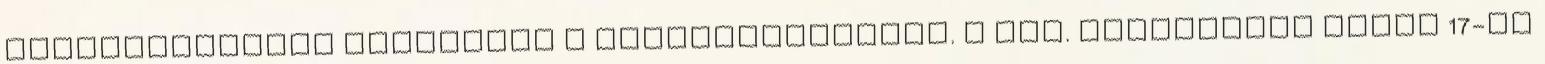
nyilvánítsanak véleményt a fejlesztésekről. A XII. kerületben május 17-én